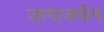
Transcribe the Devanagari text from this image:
जागाजमीन